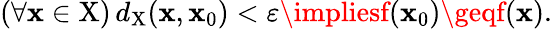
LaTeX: (\forall\mathbf{x}\in\mathrm{{X}})\, d_{\mathrm{{X}}}(\mathbf{x},\mathbf{x}_{0})<\varepsilon\impliesf(\mathbf{x}_{0})\geqf(\mathbf{x}).